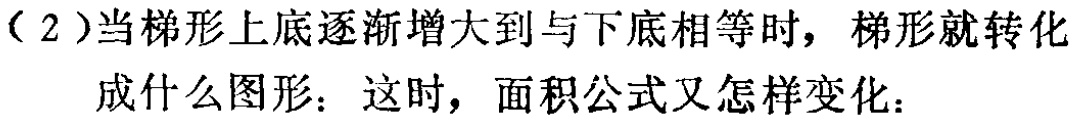
（2）当梯形上底逐渐增大到与下底相等时，梯形就转化
成什么图形：这时，面积公式又怎样变化：